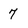
Character: 7